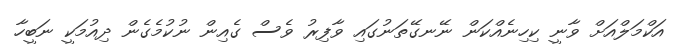
އަކްމަލްއަށް ވާނީ ކިހިނެއްކަން ނޭނގޭތަނުގައި ވާފިރު ވެސް ގެއިން ނުކުމެގެން ދިއުމަކީ ނަބީހާ